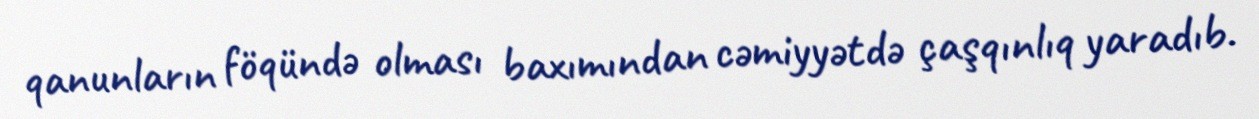
qanunların föqündə olması baxımından cəmiyyətdə çaşqınlıq yaradıb.